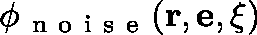
\phi _ { \mathrm { ~ n ~ o ~ i ~ s ~ e ~ } } ( \mathbf { r } , \mathbf { e } , \mathbf { \xi } )